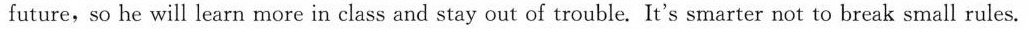
future,so he will learn more in class and stay out of trouble. It's smarter not to break small rules.